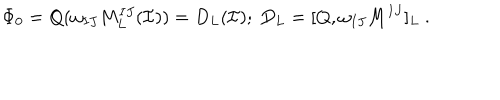
\Phi _ { 0 } = Q ( \omega _ { I J } M _ { L } ^ { I J } ( \mathcal { I } ) ) = D _ { L } ( \mathcal { I } ) ; \ D _ { L } = [ Q , \omega _ { I J } M ^ { I J } ] _ { L } \ .